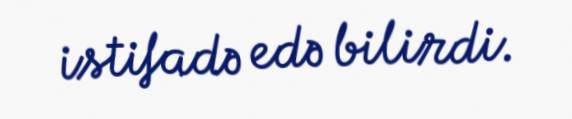
istifadə edə bilirdi.